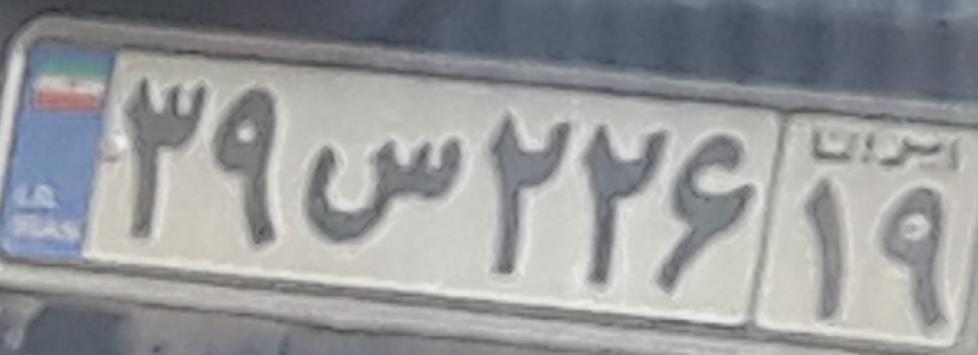
۳۹س۲۲۶۱۹